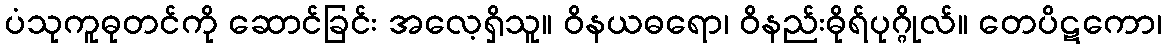
ပံသုကူဓုတင်ကို ဆောင်ခြင်း အလေ့ရှိသူ။ ဝိနယဓရော၊ ဝိနည်းဓိုရ်ပုဂ္ဂိုလ်။ တေပိဋကော၊